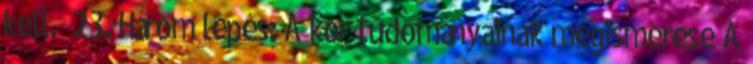
kell.” 23. Három lépés: A kor tudományainak megismerése A